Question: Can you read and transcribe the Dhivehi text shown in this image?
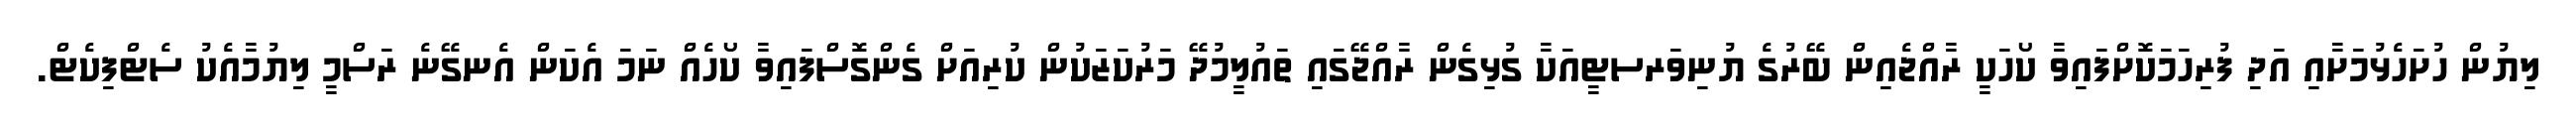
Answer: ލިޔުން ހުށަހެޅުމަށާއި އަދި ފުރިހަމަކޮށްފައިވާ ކޯހަކީ ރާއްޖެއިން ބޭރުގެ ޔުނިވަރސޓީއަކާ ގުޅިގެން ރާއްޖޭގައި ތައުލީމުދޭ މަރުކަޒަކުން ކުރިއަށް ގެންގޮސްފައިވާ ކޯހެއް ނަމަ އެކަން އެނގޭނެ ރަސްމީ ލިޔުމާއެކު ސެޓްފިކެޓް.